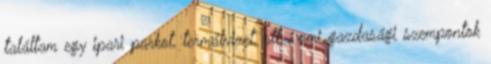
találtam egy ipari parkot, termálvizet, stb., ami gazdasági szempontok